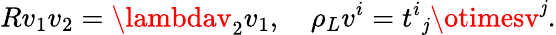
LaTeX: Rv_{1}v_{2}=\lambdav_{2}v_{1},\quad\rho_{L}v^{i}={t^{i}}_{\mathit{j}}\otimesv^{\mathit{j}}.